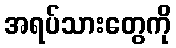
အရပ်သားတွေကို